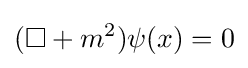
(\square +m^{2})\psi (x)=0